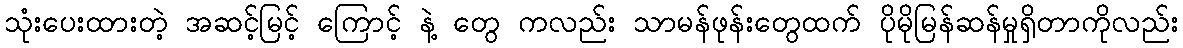
သုံးပေးထားတဲ့ အဆင့်မြင့် ကြောင့် နဲ့ တွေ ကလည်း သာမန်ဖုန်းတွေထက် ပိုမိုမြန်ဆန်မှုရှိတာကိုလည်း